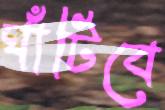
ঘাঁটিবে